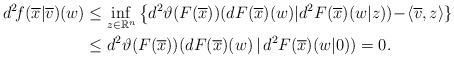
LaTeX: \begin{align*} d^2\!f(\overline{x}|\overline{v})(w) &\le\inf_{z\in\mathbb{R}^n}\big\{d^2\vartheta(F(\overline{x})) (dF(\overline{x})(w)|d^2F(\overline{x})(w|z))\!-\! \langle \overline{v},z\rangle \}\\ &\le d^2\vartheta(F(\overline{x}))(dF(\overline{x})(w)\,|\,d^2F(\overline{x})(w|0))=0. \end{align*}